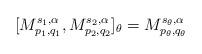
LaTeX: \begin{align*}[M_{p_1, q_1}^{s_1, \alpha}, M_{p_2, q_2}^{s_2,\alpha}]_{\theta}=M_{p_{\theta}, q_{\theta}}^{s_{\theta}, \alpha}\end{align*}